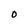
Character: 0